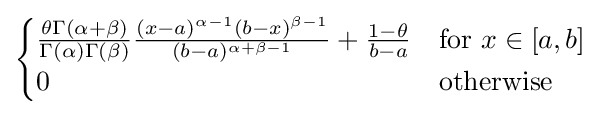
{\begin{cases}{\frac {\theta \Gamma (\alpha +\beta )}{\Gamma (\alpha )\Gamma (\beta )}}{\frac {(x-a)^{\alpha -1}(b-x)^{\beta -1}}{(b-a)^{\alpha +\beta -1}}}+{\frac {1-\theta }{b-a}}&{\text{for }}x\in [a,b]\\0&{\text{otherwise}}\end{cases}}